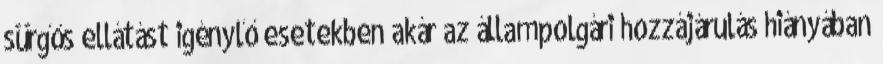
sürgős ellátást igénylő esetekben akár az állampolgári hozzájárulás hiányában